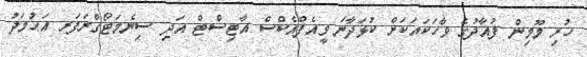
ހުރި މޫމިން ފުއާދުގެ ވާހަކައަކަށް ކުޅަދާނަ ވީއެފްއެކްސް އާޓިސްޓް އަދި ސިނެމަޓޯގްރަފަރ އަޙުމަދު